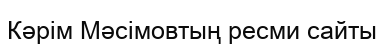
Кәрім Мәсімовтың ресми сайты